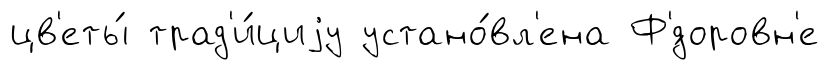
цв'еты́ трад'и́циjу устано́вл'ена Ф'́доровн'е